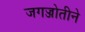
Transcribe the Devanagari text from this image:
जगज्जोतीने